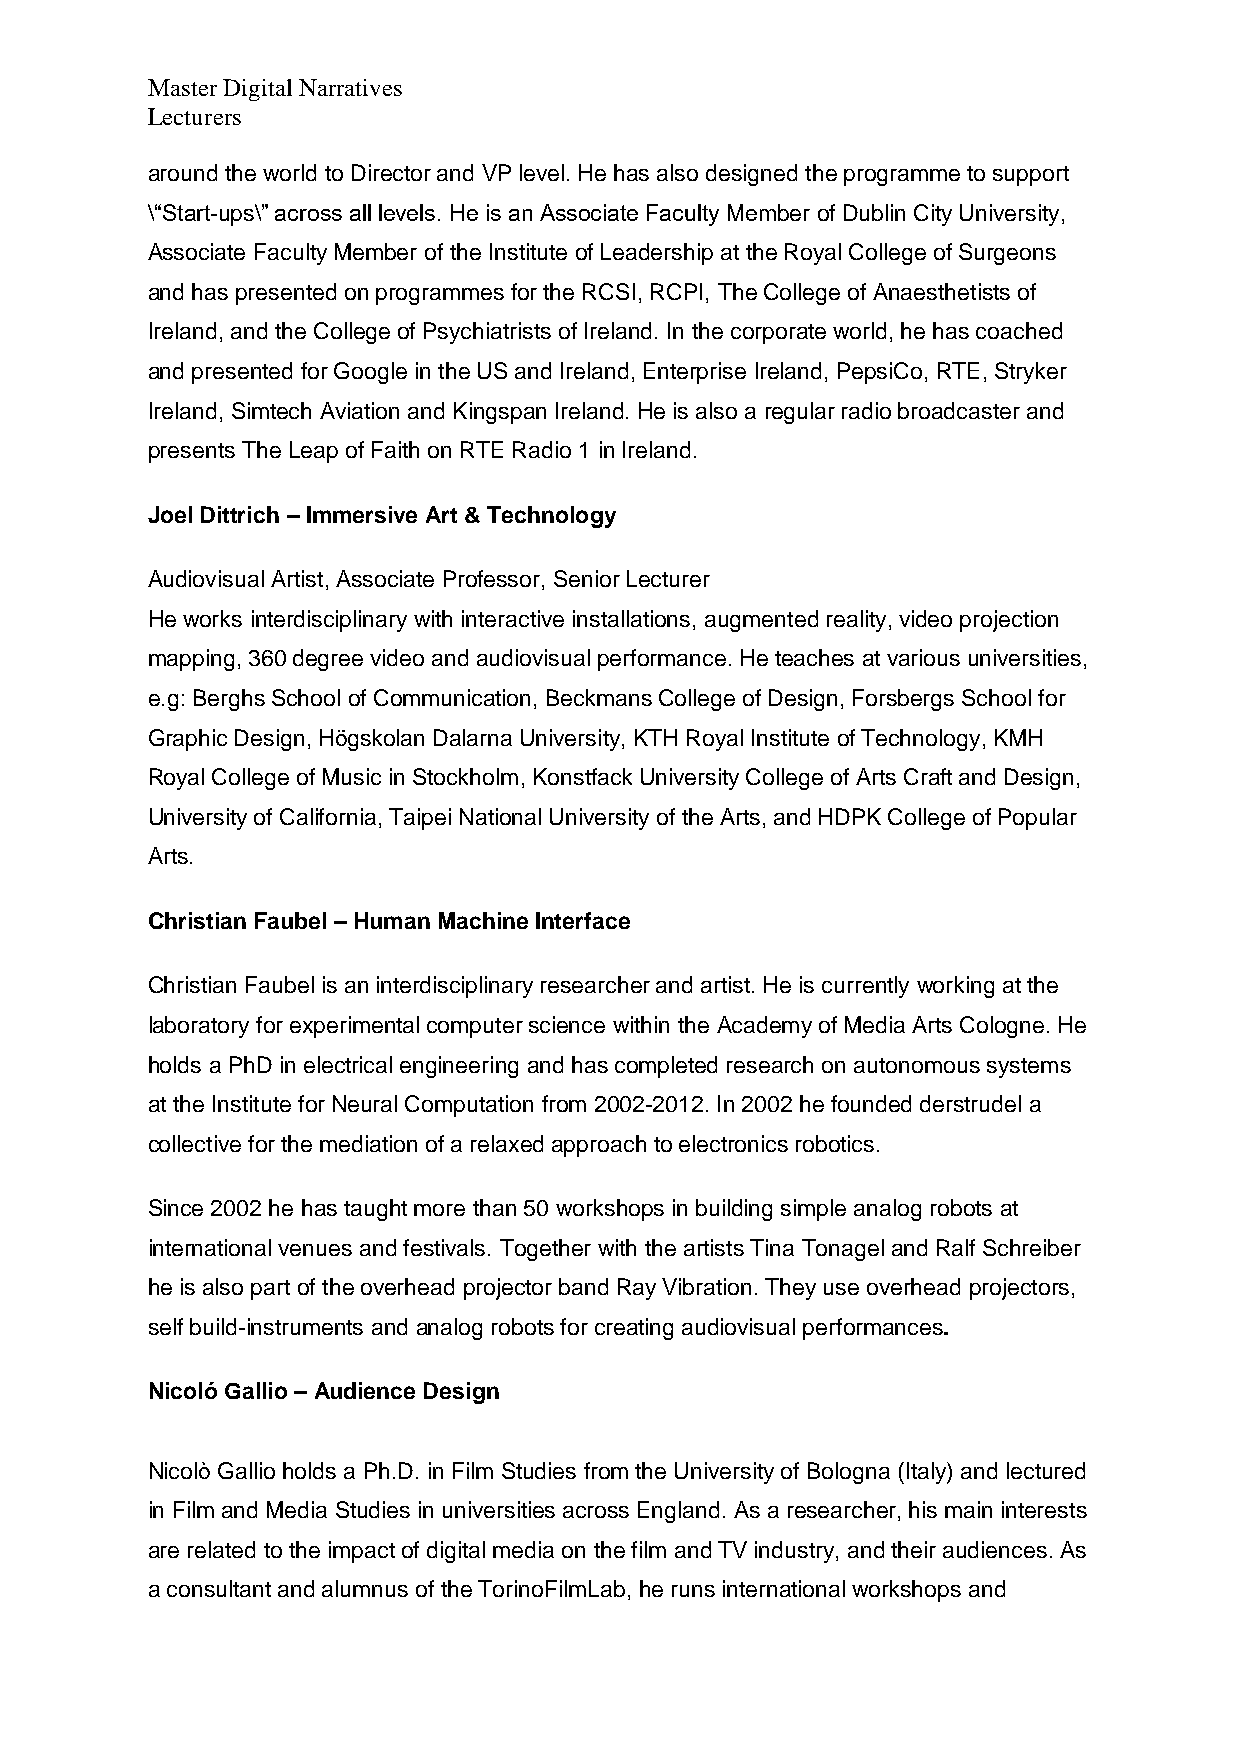
Master Digital Narratives
 Lecturers
 around the world to Director and VP level. He has also designed the programme to support
 \“Start-ups\” across all levels. He is an Associate Faculty Member of Dublin City University,
 Associate Faculty Member of the Institute of Leadership at the Royal College of Surgeons
 and has presented on programmes for the RCSI, RCPI, The College of Anaesthetists of
 Ireland, and the College of Psychiatrists of Ireland. In the corporate world, he has coached
 and presented for Google in the US and Ireland, Enterprise Ireland, PepsiCo, RTE, Stryker
 Ireland, Simtech Aviation and Kingspan Ireland. He is also a regular radio broadcaster and
 presents The Leap of Faith on RTE Radio 1 in Ireland.
 Joel Dittrich – Immersive Art & Technology
 Audiovisual Artist, Associate Professor, Senior Lecturer
 He works interdisciplinary with interactive installations, augmented reality, video projection
 mapping, 360 degree video and audiovisual performance. He teaches at various universities,
 e.g: Berghs School of Communication, Beckmans College of Design, Forsbergs School for
 Graphic Design, Högskolan Dalarna University, KTH Royal Institute of Technology, KMH
 Royal College of Music in Stockholm, Konstfack University College of Arts Craft and Design,
 University of California, Taipei National University of the Arts, and HDPK College of Popular
 Arts.
 Christian Faubel – Human Machine Interface
 Christian Faubel is an interdisciplinary researcher and artist. He is currently working at the
 laboratory for experimental computer science within the Academy of Media Arts Cologne. He
 holds a PhD in electrical engineering and has completed research on autonomous systems
 at the Institute for Neural Computation from 2002-2012. In 2002 he founded derstrudel a
 collective for the mediation of a relaxed approach to electronics robotics.
 Since 2002 he has taught more than 50 workshops in building simple analog robots at
 international venues and festivals. Together with the artists Tina Tonagel and Ralf Schreiber
 he is also part of the overhead projector band Ray Vibration. They use overhead projectors,
 self build-instruments and analog robots for creating audiovisual performances.
 Nicoló Gallio – Audience Design
 Nicolò Gallio holds a Ph.D. in Film Studies from the University of Bologna (Italy) and lectured
 in Film and Media Studies in universities across England. As a researcher, his main interests
 are related to the impact of digital media on the film and TV industry, and their audiences. As
 a consultant and alumnus of the TorinoFilmLab, he runs international workshops and